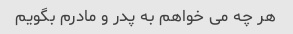
هر چه می خواهم به پدر و مادرم بگویم